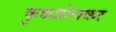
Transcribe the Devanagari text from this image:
कुकडोलकर